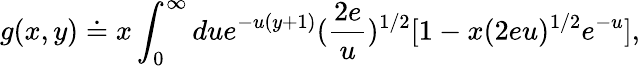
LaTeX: g(x,y)\doteq x\int_{0}^{\infty}due^{-u(y+1)}(\frac{2e}{u})^{1/2}[1-x(2eu)^{1/2}e^{-u}],